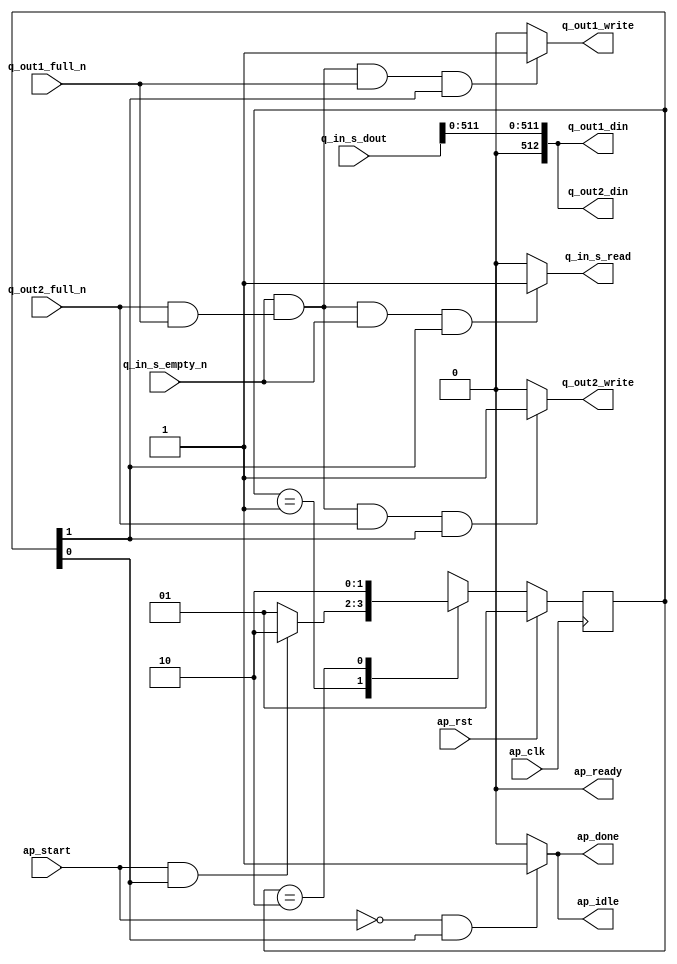
// ==============================================================
// RTL generated by Vitis HLS - High-Level Synthesis from C, C++ and OpenCL v2022.2 (64-bit)
// Version: 2022.2
// Copyright (C) Copyright 1986-2022 Xilinx, Inc. All Rights Reserved.
//
// ===========================================================

`timescale 1 ns / 1 ps

module duplicator_duplicator_Pipeline_cc (
        ap_clk,
        ap_rst,
        ap_start,
        ap_done,
        ap_idle,
        ap_ready,
        q_in_s_dout,
        q_in_s_empty_n,
        q_in_s_read,
        q_out1_din,
        q_out1_full_n,
        q_out1_write,
        q_out2_din,
        q_out2_full_n,
        q_out2_write
);

parameter    ap_ST_fsm_state1 = 2'd1;
parameter    ap_ST_fsm_state2 = 2'd2;

input   ap_clk;
input   ap_rst;
input   ap_start;
output   ap_done;
output   ap_idle;
output   ap_ready;
input  [512:0] q_in_s_dout;
input   q_in_s_empty_n;
output   q_in_s_read;
output  [512:0] q_out1_din;
input   q_out1_full_n;
output   q_out1_write;
output  [512:0] q_out2_din;
input   q_out2_full_n;
output   q_out2_write;

reg ap_done;
reg ap_idle;
reg q_in_s_read;
reg q_out1_write;
reg q_out2_write;

(* fsm_encoding = "none" *) reg   [1:0] ap_CS_fsm;
wire    ap_CS_fsm_state1;
wire   [63:0] tmp_4_fu_170_p4;
wire    ap_CS_fsm_state2;
wire   [0:0] and_ln435_fu_152_p2;
wire   [63:0] tmp_5_fu_181_p4;
wire   [63:0] tmp_6_fu_192_p4;
wire   [63:0] tmp_7_fu_203_p4;
wire   [0:0] tmp_nbreadreq_fu_62_p3;
wire   [512:0] p_0_fu_224_p8;
wire   [0:0] and_ln435_1_fu_146_p0;
wire   [0:0] and_ln435_1_fu_146_p1;
wire   [0:0] and_ln435_1_fu_146_p2;
wire   [191:0] tmp_8_fu_214_p4;
wire   [63:0] elem_val_M_elems_fu_166_p1;
reg   [1:0] ap_NS_fsm;
reg    ap_ST_fsm_state1_blk;
wire    ap_ST_fsm_state2_blk;
wire    ap_ce_reg;

// power-on initialization
initial begin
#0 ap_CS_fsm = 2'd1;
end

always @ (posedge ap_clk) begin
    if (ap_rst == 1'b1) begin
        ap_CS_fsm <= ap_ST_fsm_state1;
    end else begin
        ap_CS_fsm <= ap_NS_fsm;
    end
end

always @ (*) begin
    if ((ap_start == 1'b0)) begin
        ap_ST_fsm_state1_blk = 1'b1;
    end else begin
        ap_ST_fsm_state1_blk = 1'b0;
    end
end

assign ap_ST_fsm_state2_blk = 1'b0;

always @ (*) begin
    if (((ap_start == 1'b0) & (1'b1 == ap_CS_fsm_state1))) begin
        ap_done = 1'b1;
    end else begin
        ap_done = 1'b0;
    end
end

always @ (*) begin
    if (((ap_start == 1'b0) & (1'b1 == ap_CS_fsm_state1))) begin
        ap_idle = 1'b1;
    end else begin
        ap_idle = 1'b0;
    end
end

always @ (*) begin
    if (((1'd1 == and_ln435_fu_152_p2) & (q_in_s_empty_n == 1'b1) & (1'b1 == ap_CS_fsm_state2))) begin
        q_in_s_read = 1'b1;
    end else begin
        q_in_s_read = 1'b0;
    end
end

always @ (*) begin
    if (((1'd1 == and_ln435_fu_152_p2) & (q_out1_full_n == 1'b1) & (1'b1 == ap_CS_fsm_state2))) begin
        q_out1_write = 1'b1;
    end else begin
        q_out1_write = 1'b0;
    end
end

always @ (*) begin
    if (((1'd1 == and_ln435_fu_152_p2) & (q_out2_full_n == 1'b1) & (1'b1 == ap_CS_fsm_state2))) begin
        q_out2_write = 1'b1;
    end else begin
        q_out2_write = 1'b0;
    end
end

always @ (*) begin
    case (ap_CS_fsm)
        ap_ST_fsm_state1 : begin
            if (((ap_start == 1'b1) & (1'b1 == ap_CS_fsm_state1))) begin
                ap_NS_fsm = ap_ST_fsm_state2;
            end else begin
                ap_NS_fsm = ap_ST_fsm_state1;
            end
        end
        ap_ST_fsm_state2 : begin
            ap_NS_fsm = ap_ST_fsm_state2;
        end
        default : begin
            ap_NS_fsm = 'bx;
        end
    endcase
end

assign and_ln435_1_fu_146_p0 = q_out1_full_n;

assign and_ln435_1_fu_146_p1 = q_out2_full_n;

assign and_ln435_1_fu_146_p2 = (and_ln435_1_fu_146_p1 & and_ln435_1_fu_146_p0);

assign and_ln435_fu_152_p2 = (tmp_nbreadreq_fu_62_p3 & and_ln435_1_fu_146_p2);

assign ap_CS_fsm_state1 = ap_CS_fsm[32'd0];

assign ap_CS_fsm_state2 = ap_CS_fsm[32'd1];

assign ap_ready = 1'b0;

assign elem_val_M_elems_fu_166_p1 = q_in_s_dout[63:0];

assign p_0_fu_224_p8 = {{{{{{{{{{{{1'd0}, {tmp_8_fu_214_p4}}}, {tmp_7_fu_203_p4}}}, {tmp_6_fu_192_p4}}}, {tmp_5_fu_181_p4}}}, {tmp_4_fu_170_p4}}}, {elem_val_M_elems_fu_166_p1}};

assign q_out1_din = p_0_fu_224_p8;

assign q_out2_din = p_0_fu_224_p8;

assign tmp_4_fu_170_p4 = {{q_in_s_dout[127:64]}};

assign tmp_5_fu_181_p4 = {{q_in_s_dout[191:128]}};

assign tmp_6_fu_192_p4 = {{q_in_s_dout[255:192]}};

assign tmp_7_fu_203_p4 = {{q_in_s_dout[319:256]}};

assign tmp_8_fu_214_p4 = {{q_in_s_dout[511:320]}};

assign tmp_nbreadreq_fu_62_p3 = q_in_s_empty_n;

endmodule //duplicator_duplicator_Pipeline_cc